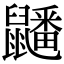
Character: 𪖇